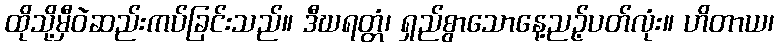
ထိုသို့မှီဝဲဆည်းကပ်ခြင်းသည်။ ဒီဃရတ္တံ၊ ရှည်စွာသောနေ့ညဉ့်ပတ်လုံး။ ဟိတာယ၊